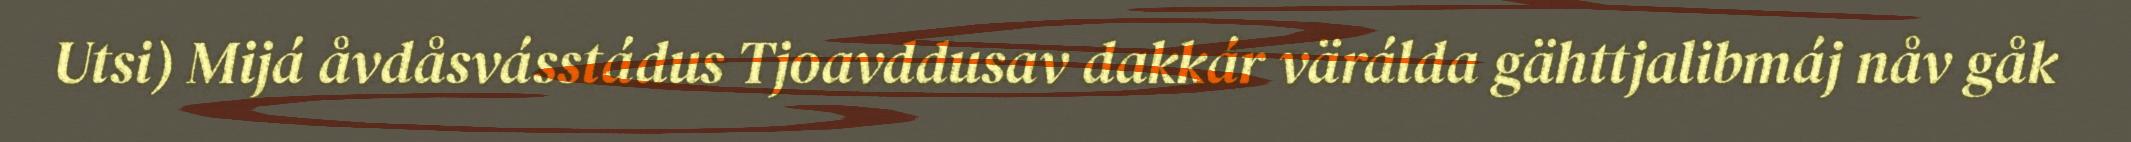
Utsi) Mijá åvdåsvásstádus Tjoavddusav dakkár värálda gähttjalibmáj nåv gåk